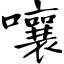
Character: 嚷